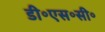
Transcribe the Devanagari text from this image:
डी॰एस॰सी॰